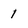
Character: 1